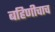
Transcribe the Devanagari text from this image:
बहिणीचाच